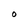
Character: O